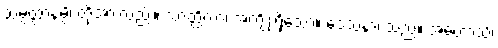
သမ္ပတ္တာနမ္ပိ၊ တို့အားလည်း။ သာတ္ထိကာ၊ အကျိုးရှိသော။ ဒေသနာ၊ သည်။ အဟောသိ၊